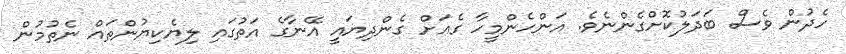
ހެދުން ވެސް ބަދަލުކޮށްގެންނެވެ. އަންހެންމީހާ ގެއަށް ގެންދިޔައީ އޭނާގެ އަތުގައި ލިޔެކިޔުންތައް ނެތުމުން